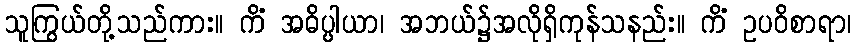
သူကြွယ်တို့သည်ကား။ ကိံ အဓိပ္ပါယာ၊ အဘယ်၌အလိုရှိကုန်သနည်း။ ကိံ ဥပဝိစာရာ၊